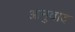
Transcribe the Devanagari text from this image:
आनुवाद